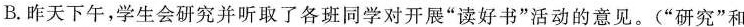
B.昨天下午，学生会研究并听取了各班同学对开展“读好书”活动的意见。(“研究”和